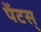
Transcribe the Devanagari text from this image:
पेंटस्